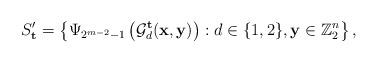
LaTeX: \begin{align*}S_{\mathbf{t}}'=\left\{\Psi_{2^{m-2}-1}\left(\mathcal{G}_d^{\mathbf{t}}(\mathbf{x}, \mathbf{y})\right): d \in \{1,2\}, \mathbf{y} \in \mathbb{Z}_{2}^{n}\right\},\end{align*}